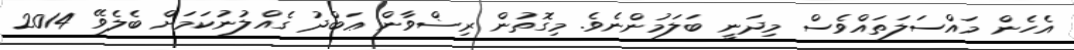
އެހެން މައްސަލަތައްވެސް މިދަނީ ބަލަމުންނެވެ. މިގޮތުން ރިޟްވާން ޢަބްދު ގެއްލުނުކަމަށް ބެލެވޭ 2014